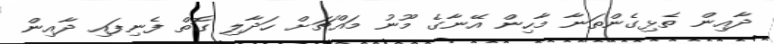
ދާއިން ތެޅިގެންތަނާ މާހިން އޭނާގެ މޫނު މައްޗަށް ހަދާލި ގޮތް ފެނިފައި ދާއިން